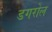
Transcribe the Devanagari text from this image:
डगरोल